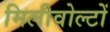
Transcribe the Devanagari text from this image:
मिलीवोल्टों